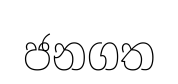
ජනගත